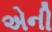
એની